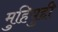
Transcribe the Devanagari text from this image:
मुहियुद्दी